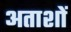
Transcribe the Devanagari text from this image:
अताशों